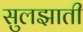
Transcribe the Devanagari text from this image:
सुलझाती